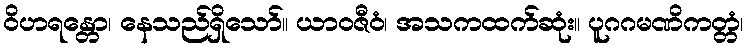
ဝိဟရန္တော၊ နေသည်ရှိသော်။ ယာဝဇီဝံ၊ အသကထက်ဆုံး။ ပူဂဂမဏိကတ္တံ၊